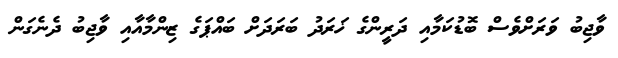
ވާޖިބު ވަރަށްވެސް ބޮޑުކަމާއި ދަރީންގެ ޚަރަދު ބަރަދަށް ބައްޕަގެ ޒިންމާއާއި ވާޖިބު ދެނެގަން